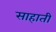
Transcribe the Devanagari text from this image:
साहाती